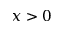
x > 0